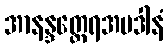
အာနန္ဒတ္ထေရအပဒါနံ